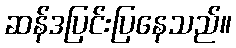
ဆန်ဒပြင်းပြနေသည်။